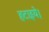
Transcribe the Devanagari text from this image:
हटाइये।